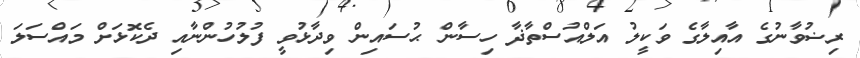
ރިޟުވާނުގެ އާއިލާގެ ވަކީލު އަލްއުސްތާޛާ ހިސާން ޙުސައިން ވިދާޅުވީ ފުލުހުންނާއި ދެކޮޅަށް މައްސަލަ